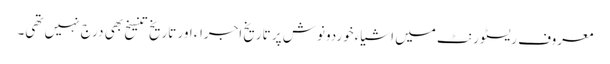
معروف ریسٹورنٹ میں اشیاء خوردونوش پر تاریخ اجراء اور تاریخ تنسیخ بھی درج نہیں تھی۔